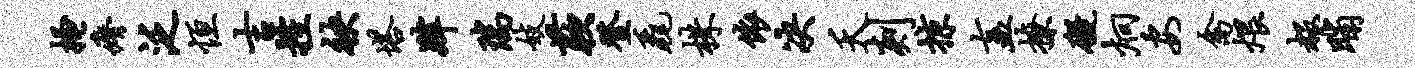
搔瘠泛恒吉控袂塔肄瑞妓蔌登毳株依决夭剡掠盍撩碍炯安禽煨赧晡